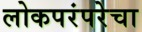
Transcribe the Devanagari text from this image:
लोकपरंपरेचा